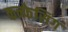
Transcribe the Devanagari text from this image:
कन्फेसिंग